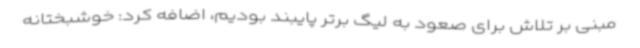
مبنی بر تلاش برای صعود به لیگ برتر پایبند بودیم، اضافه کرد: خوشبختانه